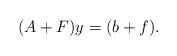
LaTeX: \begin{align*}(A+F)y=(b+f).\end{align*}